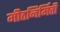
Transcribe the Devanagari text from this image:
मीठनिर्मिती